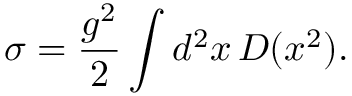
\sigma = { \frac { g ^ { 2 } } { 2 } } \int d ^ { 2 } x \, D ( x ^ { 2 } ) .